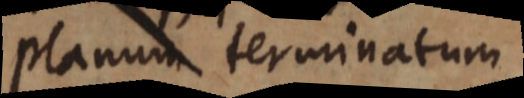
planum terminatum